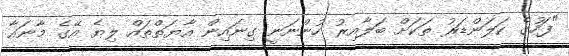
"ފަހުގެ ކަލަންޑަރު ތަކަށް ބަލާއިރު ހުންނަނީ ގިނައިން އާޔަތްތައް ލިޔެ އޭގެ މާނައާ